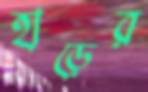
হাড়ের